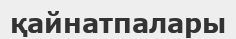
қайнатпалары